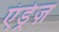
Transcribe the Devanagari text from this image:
एंड्रेज़